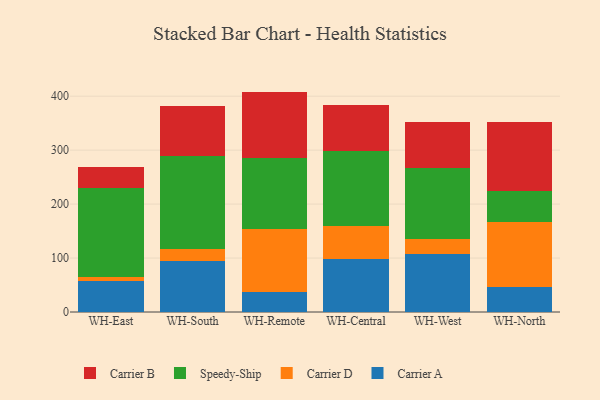
{"axis": {"x": "Warehouse", "y": "Churn Rate (%)"}, "legend": ["Carrier A", "Carrier B", "Carrier D", "Speedy-Ship"], "data": [{"x": "WH-East", "y": 58.3, "type": "Carrier A"}, {"x": "WH-East", "y": 7.5, "type": "Carrier D"}, {"x": "WH-East", "y": 164.4, "type": "Speedy-Ship"}, {"x": "WH-East", "y": 37.8, "type": "Carrier B"}, {"x": "WH-South", "y": 94.8, "type": "Carrier A"}, {"x": "WH-South", "y": 22.9, "type": "Carrier D"}, {"x": "WH-South", "y": 171.4, "type": "Speedy-Ship"}, {"x": "WH-South", "y": 93.1, "type": "Carrier B"}, {"x": "WH-Remote", "y": 37.6, "type": "Carrier A"}, {"x": "WH-Remote", "y": 116.0, "type": "Carrier D"}, {"x": "WH-Remote", "y": 131.6, "type": "Speedy-Ship"}, {"x": "WH-Remote", "y": 123.3, "type": "Carrier B"}, {"x": "WH-Central", "y": 97.5, "type": "Carrier A"}, {"x": "WH-Central", "y": 61.5, "type": "Carrier D"}, {"x": "WH-Central", "y": 138.7, "type": "Speedy-Ship"}, {"x": "WH-Central", "y": 85.4, "type": "Carrier B"}, {"x": "WH-West", "y": 107.0, "type": "Carrier A"}, {"x": "WH-West", "y": 28.8, "type": "Carrier D"}, {"x": "WH-West", "y": 130.2, "type": "Speedy-Ship"}, {"x": "WH-West", "y": 86.2, "type": "Carrier B"}, {"x": "WH-North", "y": 46.3, "type": "Carrier A"}, {"x": "WH-North", "y": 120.7, "type": "Carrier D"}, {"x": "WH-North", "y": 57.0, "type": "Speedy-Ship"}, {"x": "WH-North", "y": 127.8, "type": "Carrier B"}]}